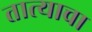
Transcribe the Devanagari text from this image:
तात्याचा